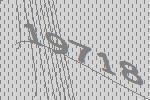
19718